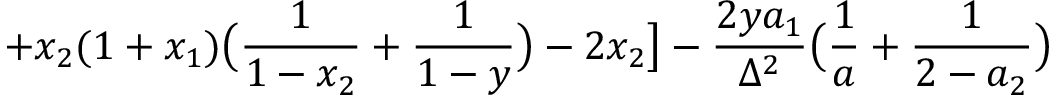
+ x _ { 2 } ( 1 + x _ { 1 } ) \bigl ( \frac { 1 } { 1 - x _ { 2 } } + \frac { 1 } { 1 - y } \bigr ) - 2 x _ { 2 } \bigr ] - \frac { 2 y a _ { 1 } } { \Delta ^ { 2 } } \bigl ( \frac { 1 } { a } + \frac { 1 } { 2 - a _ { 2 } } \bigr )